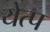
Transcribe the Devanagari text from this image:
येत्प